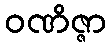
ဝဏိဇ္ဇာ